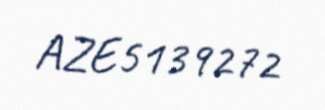
AZE5139272